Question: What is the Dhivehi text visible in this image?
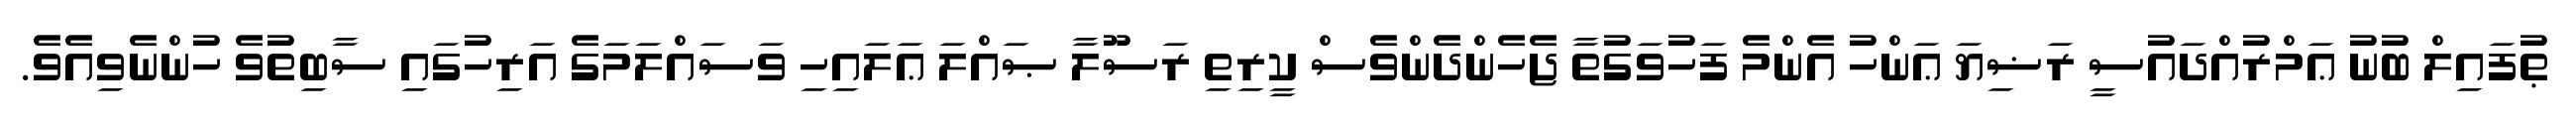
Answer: ޠުފައިލް ބުނު ޢަމްރުއްދައުސީ ރަޟިޔަ ޢަންހު އެންމެ ފަހުވަގުތާ ޖެހެންދެންވެސް ކީރިތި ރަސޫލާ ޞައްލަ ޢަލައިހި ވަސައްލަމަގެ އަރިހުގައި ސާބިތުވެ ހުންނެވިއެވެ.